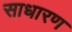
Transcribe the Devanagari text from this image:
साधारण्‍ा